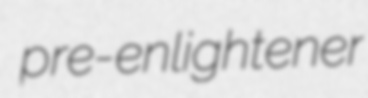
pre-enlightener